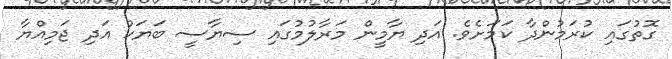
ގޮތުގައި ކުރަމުންދާ ކަމަށެވެ. އަދި ޔާމީން މަރާލުމުގައި ސިޔާސީ ބަޔަކު އަދި ޖަމިއްޔާ